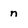
Character: n